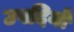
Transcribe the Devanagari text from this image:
उपदियों